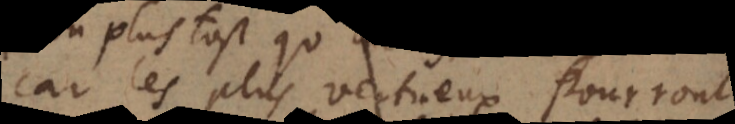
car les plus vertueux pourront